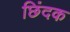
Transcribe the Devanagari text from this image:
छिंदक